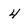
Character: 4